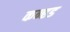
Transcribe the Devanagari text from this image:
कन्हड